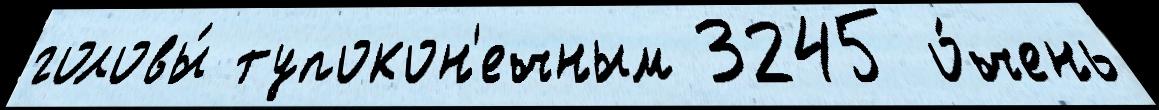
головы́ тупокон'ечным 3245 о́чень